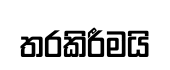
තරකිරීමයි